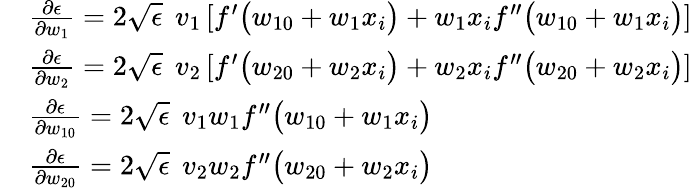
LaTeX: \begin{array}{rl}&{\frac{\partial\epsilon}{\partial w_{1}}=2\sqrt{\epsilon}\: \: v_{1}\left[f^{\prime}\big(w_{10}+w_{1}x_{i}\big)+w_{1}x_{i}f^{\prime\prime}\big(w_{10}+w_{1}x_{i}\big)\right]}\\ &{\frac{\partial\epsilon}{\partial w_{2}}=2\sqrt{\epsilon}\: \: v_{2}\left[f^{\prime}\big(w_{20}+w_{2}x_{i}\big)+w_{2}x_{i}f^{\prime\prime}\big(w_{20}+w_{2}x_{i}\big)\right]}\\ &{\frac{\partial\epsilon}{\partial w_{10}}=2\sqrt{\epsilon}\: \: v_{1}w_{1}f^{\prime\prime}\big(w_{10}+w_{1}x_{i}\big)}\\ &{\frac{\partial\epsilon}{\partial w_{20}}=2\sqrt{\epsilon}\: \: v_{2}w_{2}f^{\prime\prime}\big(w_{20}+w_{2}x_{i}\big)}\end{array}